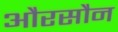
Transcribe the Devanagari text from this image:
औरसौन